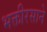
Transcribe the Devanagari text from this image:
भक्तीरसाने